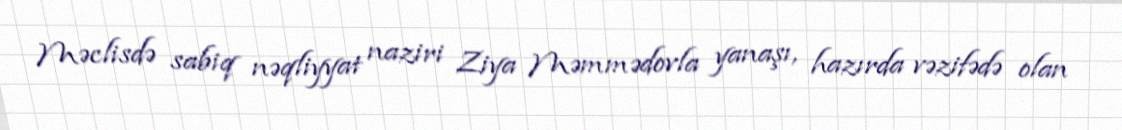
Məclisdə sabiq nəqliyyat naziri Ziya Məmmədovla yanaşı, hazırda vəzifədə olan